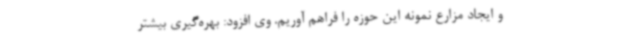
و ایجاد مزارع نمونه این حوزه را فراهم آوریم. وی افزود: بهره‌گیری بیشتر